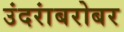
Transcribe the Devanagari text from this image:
उंदरांबरोबर